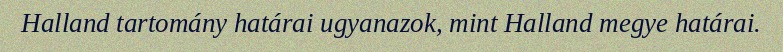
Halland tartomány határai ugyanazok, mint Halland megye határai.